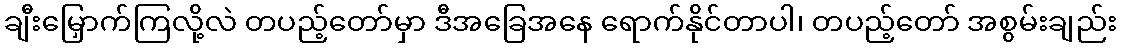
ချီးမြှောက်ကြလို့လဲ တပည့်တော်မှာ ဒီအခြေအနေ ရောက်နိုင်တာပါ၊ တပည့်တော် အစွမ်းချည်း